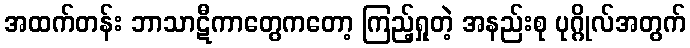
အထက်တန်း ဘာသာဋီကာတွေကတော့ ကြည့်ရှုတဲ့ အနည်းစု ပုဂ္ဂိုလ်အတွက်